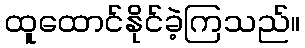
ထူထောင်နိုင်ခဲ့ကြသည်။